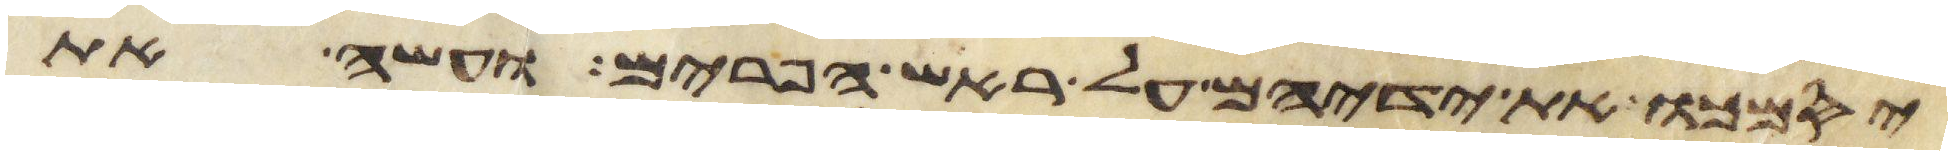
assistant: יסמכו את ידיהם על ראש הפרים ועשה את